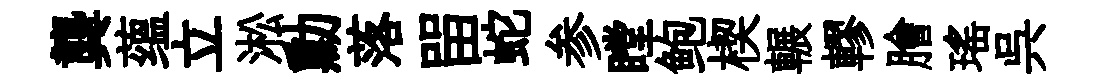
龔蕴立淞勳落㽞蛇参瞠鲍楔輾轇膾瑶呉